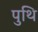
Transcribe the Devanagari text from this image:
पुथि